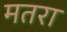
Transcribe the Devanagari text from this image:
मतरा